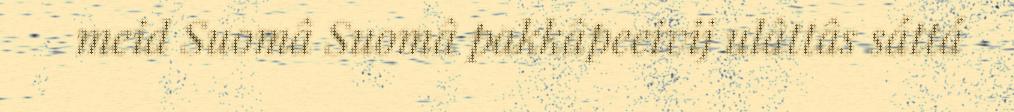
meid Suomâ Suomâ pakkâpeeivij ulâttâs sáttá